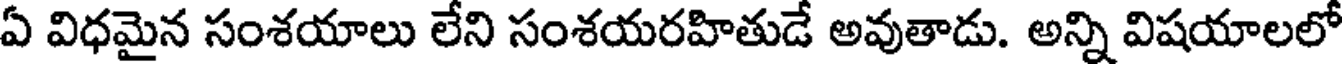
ఏ విధమైన సంశయాలు లేని సంశయరహితుడే అవుతాడు. అన్ని విషయాలలో